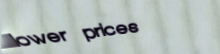
lower prices